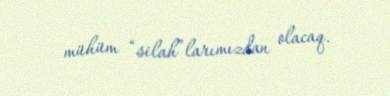
mühüm “silah”larımızdan olacaq.